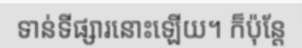
ទាន់ទីផ្សារនោះឡើយ។ ក៏ប៉ុន្តែ